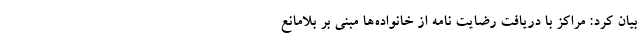
بیان کرد: مراکز با دریافت رضایت نامه از خانواده‌ها مبنی بر بلامانع